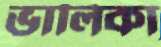
ভালিকা